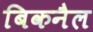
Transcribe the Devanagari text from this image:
बिकनैल